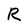
Character: R